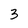
Character: 3